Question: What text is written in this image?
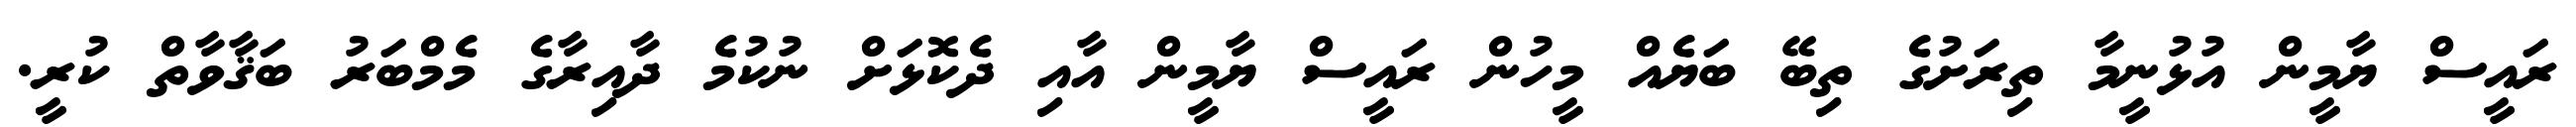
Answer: ރައީސް ޔާމީން އުޅުނީމާ ތިރަށުގެ ތިބޭ ބަޔެއް މީހުން ރައީސް ޔާމީން އާއި ދެކޮޅަށް ނުކުމެ ދާއިރާގެ މެމްބަރު ބަޤާވާތް ކުރީ.